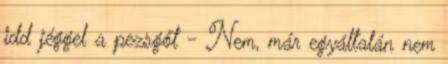
idd jéggel a pezsgőt - Nem, már egyáltalán nem